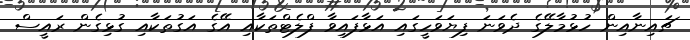
ޗައިނާއިން ހުޅުމާލޭގެ ދެވަނަ ފިޔަވަހީގައި އަޅާފައިވާ ފްލެޓްތަކާއި އޭގެ އަގުތަކާއި ގުޅިގެން ރައީސް